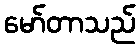
မော်တာသည်